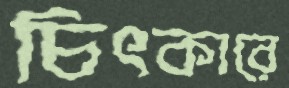
চিৎকারে